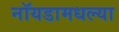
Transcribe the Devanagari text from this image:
नॉयडामधल्या